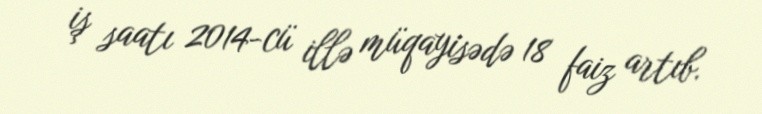
iş saatı 2014-cü illə müqayisədə 18 faiz artıb.